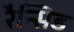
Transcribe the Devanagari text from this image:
रैन्सिड